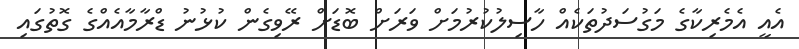
އެއީ އެމެރިކާގެ މަގުސަދުތަކެއް ހާސިލުކުރުމަށް ވަރަށް ބޮޑަށް ރޭވިގެން ކުޅުނު ޑްރާމާއެއްގެ ގޮތުގައި